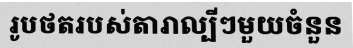
រូបថតរបស់តារាល្បីៗមួយចំនួន